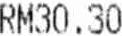
RM30.30